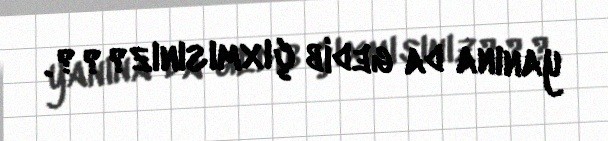
yanına da gedib çıxmısınız???.